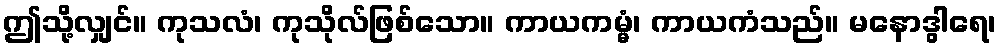
ဤသို့လျှင်။ ကုသလံ၊ ကုသိုလ်ဖြစ်သော။ ကာယကမ္မံ၊ ကာယကံသည်။ မနောဒွါရေ၊